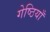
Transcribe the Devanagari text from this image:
गेष्ठियाँ